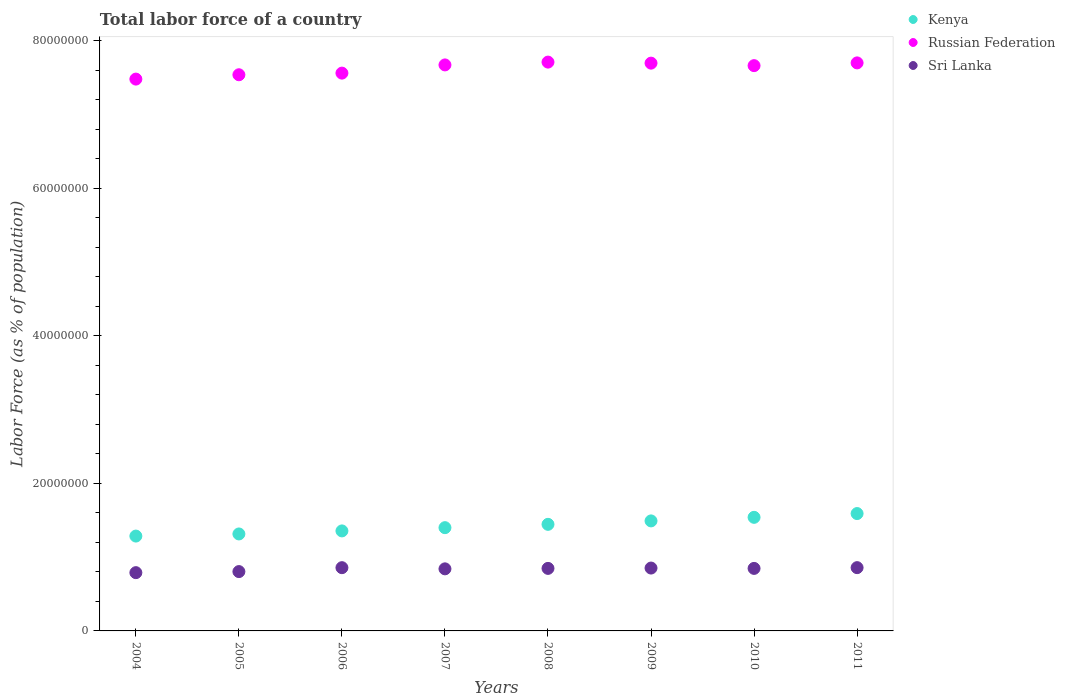
| Years | Kenya | Russian Federation | Sri Lanka |
 | --- | --- | --- | --- |
 | 2004 | 1.29e+07 | 7.48e+07 | 7.9e+06 |
 | 2005 | 1.31e+07 | 7.54e+07 | 8.04e+06 |
 | 2006 | 1.36e+07 | 7.56e+07 | 8.57e+06 |
 | 2007 | 1.4e+07 | 7.67e+07 | 8.41e+06 |
 | 2008 | 1.44e+07 | 7.71e+07 | 8.47e+06 |
 | 2009 | 1.49e+07 | 7.69e+07 | 8.52e+06 |
 | 2010 | 1.54e+07 | 7.66e+07 | 8.47e+06 |
 | 2011 | 1.59e+07 | 7.7e+07 | 8.57e+06 |